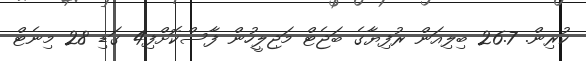
ކުރިން. 26.7 ބިލިއަން ރުފިޔާގެ ބަޖެޓް މަޖިލީހުން ފާސްކޮށްފި4 ގަޑި 28 މިނެޓް